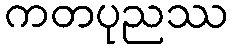
ကတပုညဿ